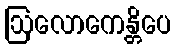
ဩလောကေန္တိပေ